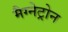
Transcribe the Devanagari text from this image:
मैग्नेट्रोन